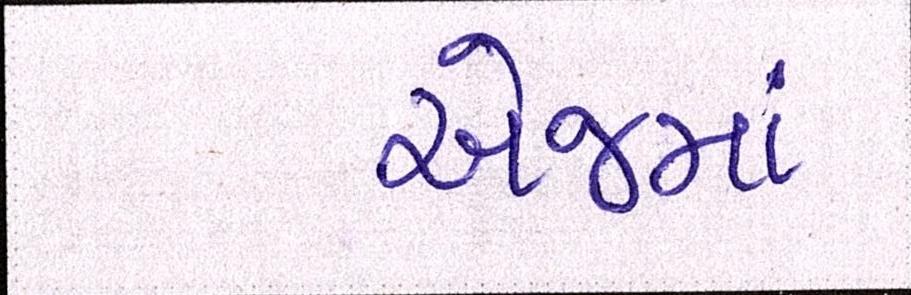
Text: એજમાં